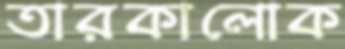
তারকালোক